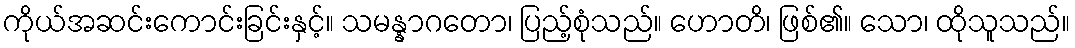
ကိုယ်အဆင်းကောင်းခြင်းနှင့်။ သမန္နာဂတော၊ ပြည့်စုံသည်။ ဟောတိ၊ ဖြစ်၏။ သော၊ ထိုသူသည်။